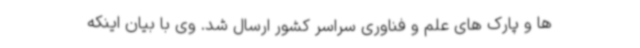
ها و پارک های علم و فناوری سراسر کشور ارسال شد. وی با بیان اینکه